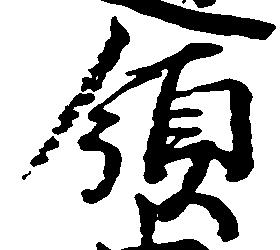
領